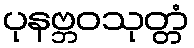
ပုနဗ္ဘဝသုတ္တံ